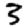
Digit: 3